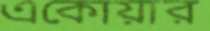
একোয়ার